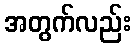
အတွက်လည်း